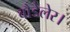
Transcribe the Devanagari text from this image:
बौडेलेर।